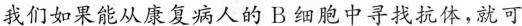
我们如果能从康复病人的B细胞中寻找抗体,就可